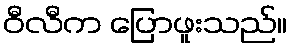
ဝီလီက ပြောဖူးသည်။